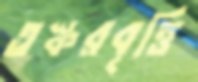
তস্করবৃত্তি